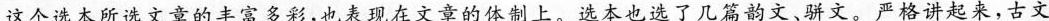
这个选本所选文章的丰富多彩，也表现在文章的体制上。选本也选了几篇韵文、骈文。严格讲起来，古文